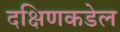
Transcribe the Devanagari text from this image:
दक्षिणकडेल